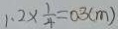
1 . 2 \times \frac { 1 } { 4 } = 0 . 3 ( m )